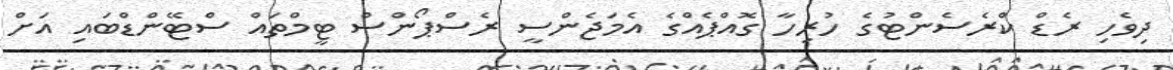
ދިވެހި ރެޑް ކްރެސެންޓުގެ ހުރިހާ ގޮއްޕެއްގެ އެމަޖެންސީ ރެސްޕޯންސް ޓީމްތައް ސްޓޭންޑްބައި އަށް